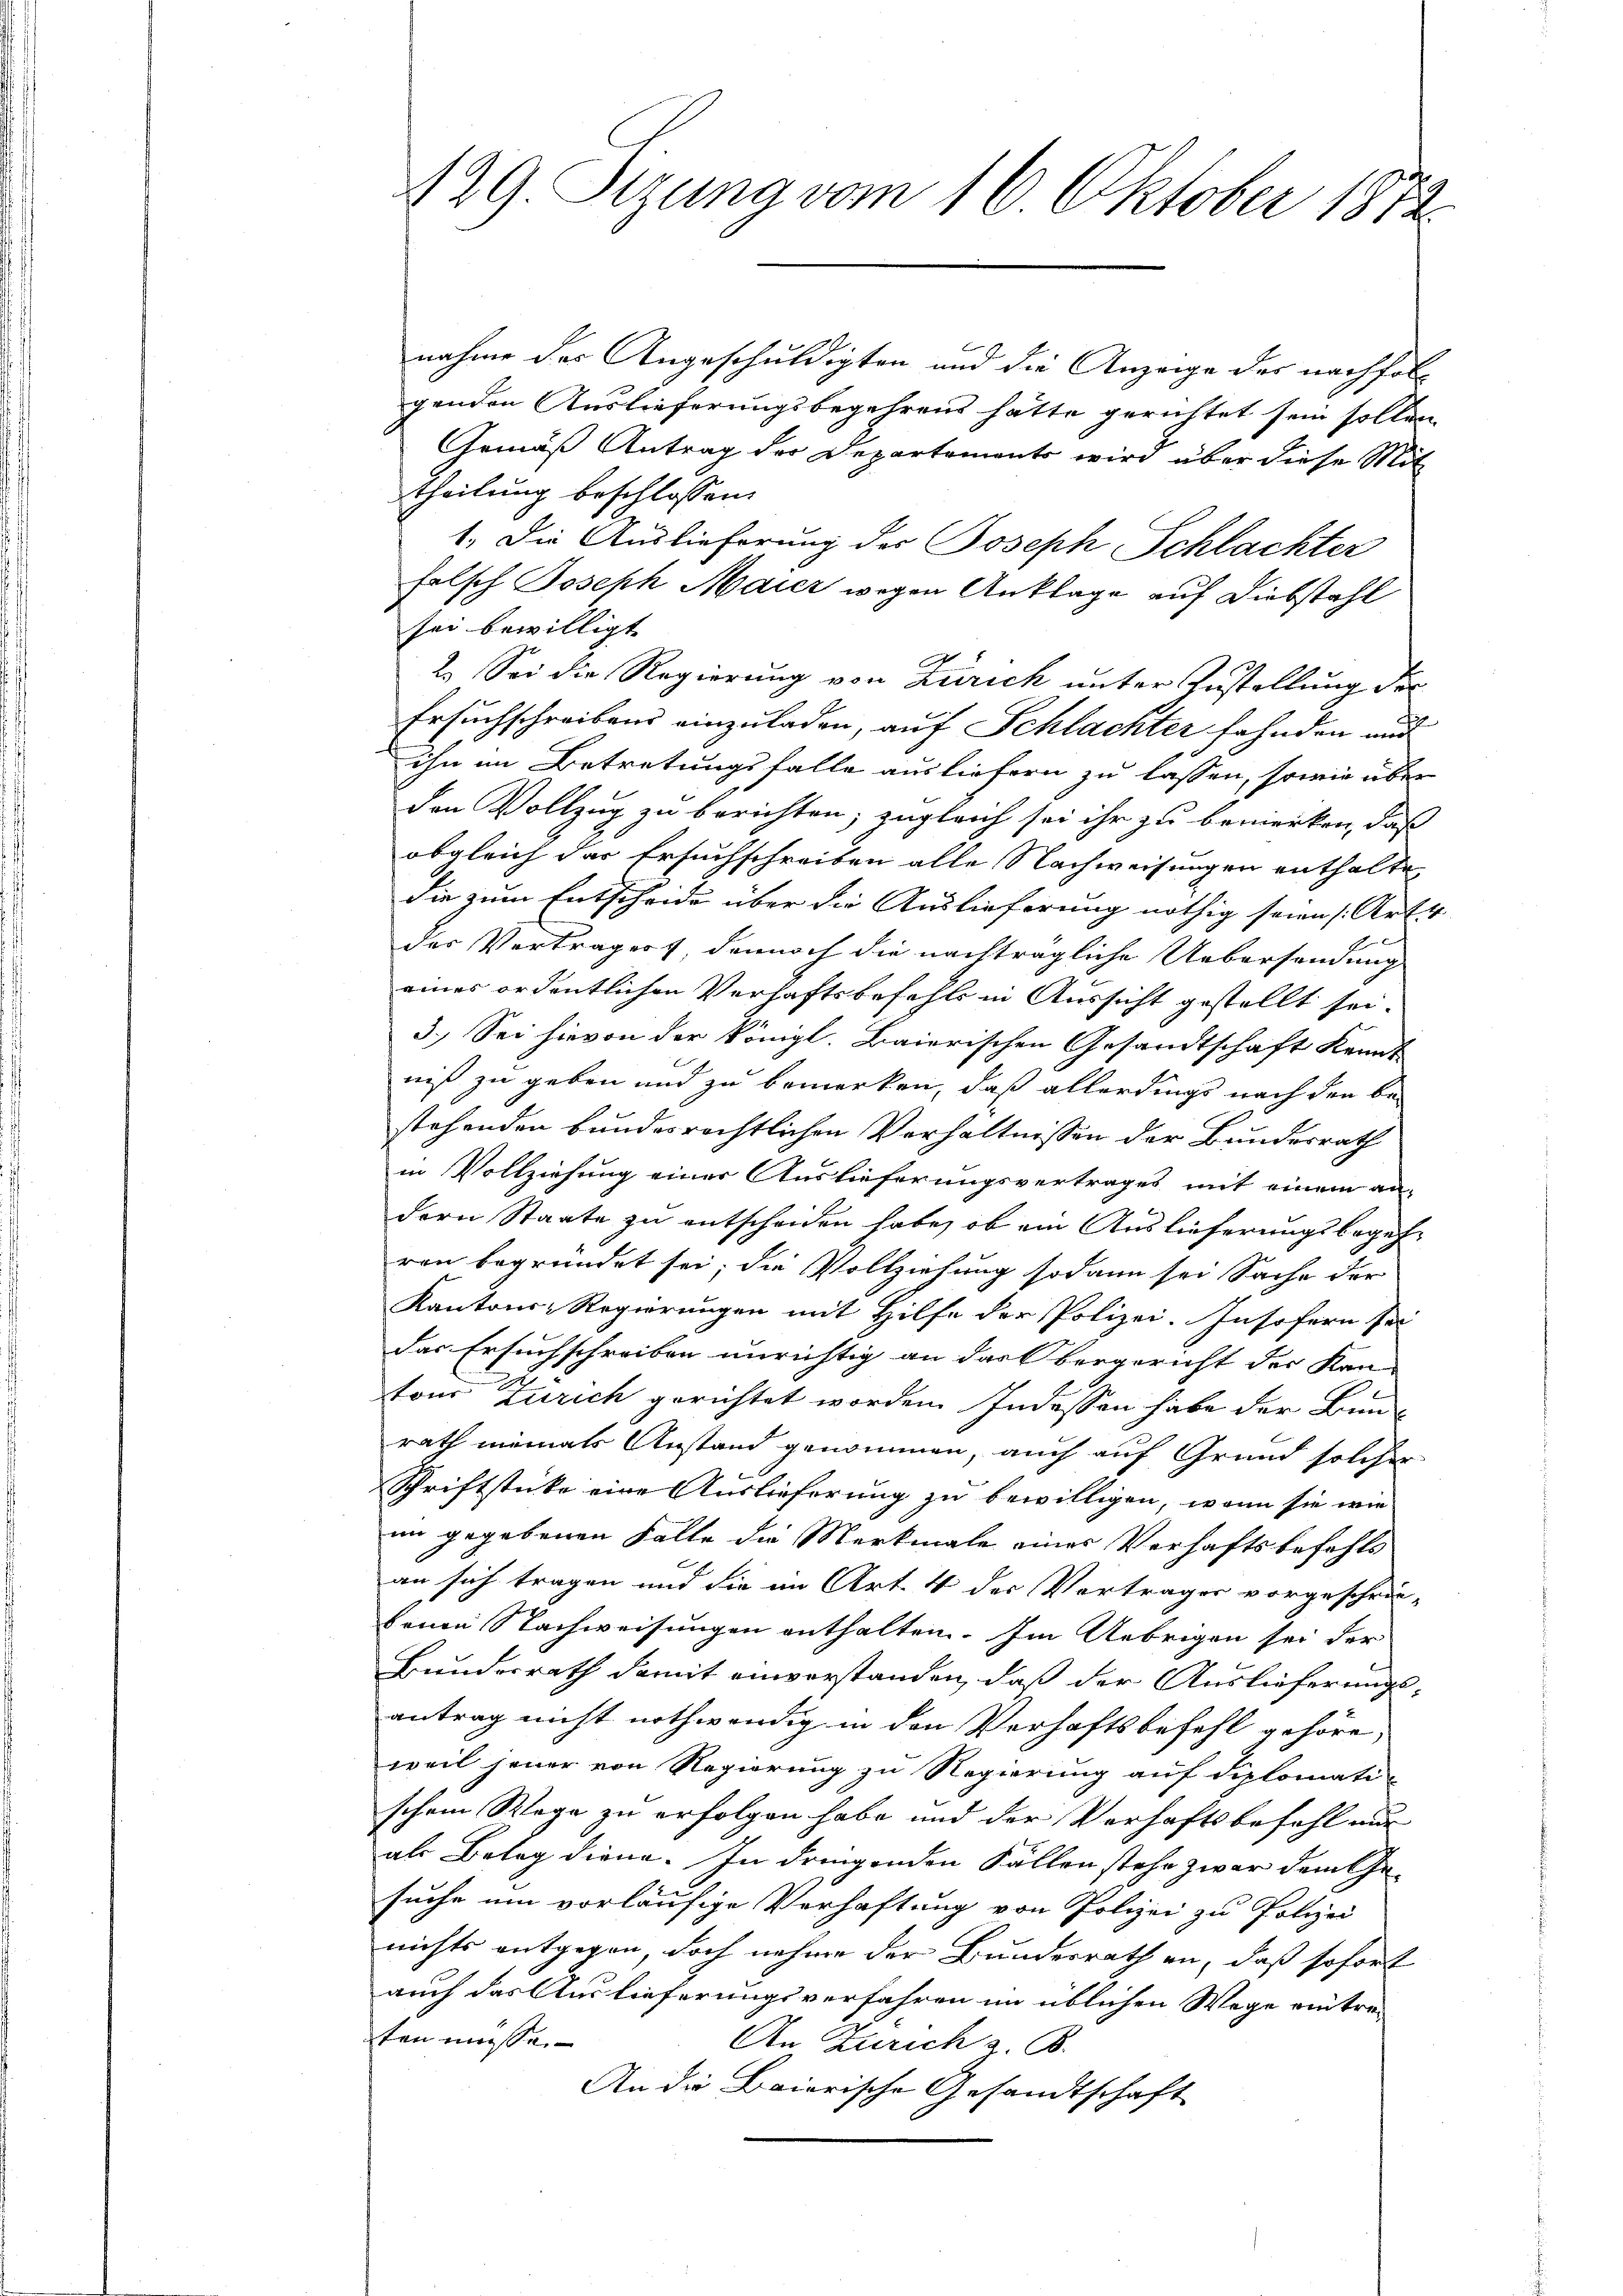
429. Sitzung vom 16. Oktober 1872.

nahme des Angeschuldigten und die Anzeige der nachfolgenden Auslieferungsbegehrens hätte gerichtet sein sollen
Gemäß Antrag der Departements wird über diese Mit
theilung beschlossen:
1. Die Auslieferung der Joseph Schlachter
felsch Joseph Maier wegen Anklage auf Diebstahl
sei bewilligt. |
7
E
2.) Sei die Regierung von Zürich unter Zustellung der
Ersuchschreibens einzuladen, auf Schlachter fahnden und
ihn im Betretungsfalle ausliefern zu lassen, sowie über
den Vollzug zu berichten, zugleich sei ihr zu bemerken, daß
obgleich das Ersuchschreiben alle Nachweisungen enthalte,
die zum Entscheide über die Auslieferung nöthig seien (Art. 4
des Verträgers, dennoch die nachträgliche Uebersendung
eines ordentlichen Verhaftsbefehls in Aussicht gestellt sei.
3.) Sei hievon der Königl. Baierischen Gesandtschaft kennt
niß zu geben und zu bemerken, daß allerdings nach den be-
stehenden bundesrechtlichen Verhältnissen der Bundesrath
in Vollziehung einer Auslieferungsvertrages mit einem an-
dern Staate zu entscheiden habe, ob ein Auslieferungsbegehren begründet sei; die Vollziehung sodann sei Sache der
Kantons-Regierungen mit Hilfe der Polizei. Insofern sei
das Ersuchschreiben unrichtig an das Obergericht der Kan-
tons Zürich gerichtet worden. Indessen habe der Bunrath niemals Anstand genommen, auch auf Grund solcher
Schriftstücke eine Auslieferung zu bewilligen, wenn sie wie
im gegebenen Falle die Merkmale eines Verhaftsbefehls
an sich tragen und die im Art. 4 der Vortrages vorgeschrän-
benen Nachweisungen enthalten. Im Uebrigen sei der
Bundesrath damit einverstanden, daß der Auslieferungsantrag nicht nothwendig in den Verhaftsbefehl gehöre,
weil jener von Regierung zu Regierung auf diplomati
schem Wege zu erfolgen habe und der Verhaftsbefehl nur
als Belag diene. In dringenden Fällen stehe zwar dem Gesuche um vorläufige Verhaftung von Polizei zu Polizei
nichts entgegen, doch nehme der Bundesrath an, daß sofort
auch das Auslieferungsverfahren im üblichen Wege eintre-
ten müsse.
An Zürich z. B.
An die Baierische Gesandtschaft